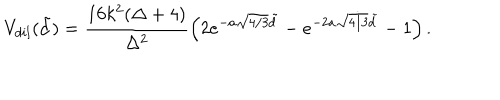
V _ { d i l } ( \tilde { d } ) = \frac { 1 6 k ^ { 2 } ( \Delta + 4 ) } { \Delta ^ { 2 } } \left( 2 e ^ { - a \sqrt { 4 / 3 } \tilde { d } } - e ^ { - 2 a \sqrt { 4 / 3 } \tilde { d } } - 1 \right) .